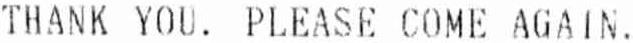
THANK YOU. PLEASE COME AGAIN.